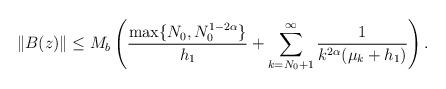
LaTeX: \begin{align*}\|B(z)\|\leq M_b \left(\frac{\max\{N_0,N_0^{1-2\alpha}\}}{h_1}+ \sum_{k=N_0+1}^{\infty} \frac{1}{ k^{2\alpha}(\mu_k+h_1)}\right).\end{align*}